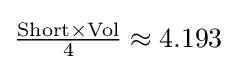
{\tfrac {{\text{Short}}\times {\text{Vol}}}{4}}\approx 4.193